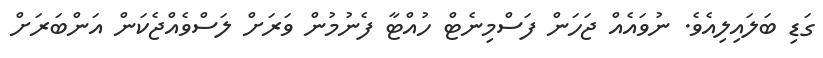
ގަޑި ބަލައިލިއެވެ. ނުވައެއް ޖަހަން ފަސްމިނެޓް ހުއްޓާ ފެނުމުން ވަރަށް ލަސްވެއްޖެކަން އަންބަރަށް